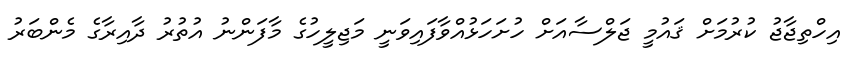
އިހްތިޖާޖު ކުރުމަށް ޤައުމީ ޖަލްސާއަށް ހުށަހަޅުއްވާފައިވަނީ މަޖިލީހުގެ މާފަންނު އުތުރު ދާއިރާގެ މެންބަރު